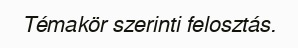
Témakör szerinti felosztás.